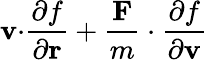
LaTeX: \mathbf{v\cdot}{\frac{\partial f}{\partial\mathbf{r}}}+{\frac{\mathbf{F}}{m}}\cdot{\frac{\partial f}{\partial\mathbf{v}}}